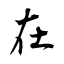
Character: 在